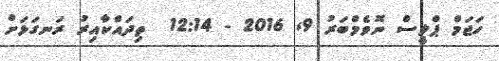
ހަޖަމް ޕްލީސް ނޮވެމްބަރު 9